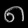
Digit: ၈